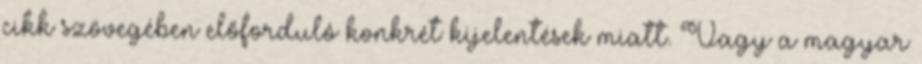
cikk szövegében előforduló konkrét kijelentések miatt. Vagy a magyar